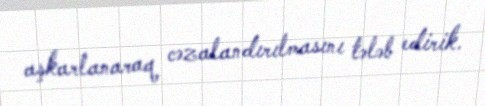
aşkarlanaraq cəzalandırılmasını tələb edirik.